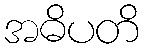
အဓိပတိ